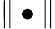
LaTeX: \| \bullet\|